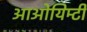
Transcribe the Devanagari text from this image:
आओयिम्टी